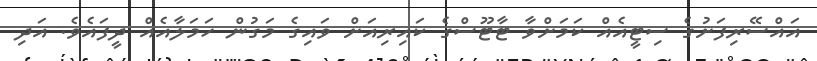
އައްސޭރިފަށުގެ ސިޓީއެއް ކަމަށްވާ ޓާޓޫސްގެ ކައިރިއަށް ވައިގެ މަގުން ހަމަލާއެއް ދީފައެވެ. އަދި